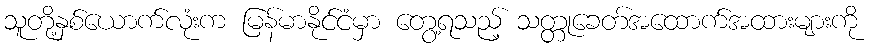
သူတို့နှစ်ယောက်လုံးက မြန်မာနိုင်ငံမှာ တွေ့ရသည့် သတ္တုခေတ်အထောက်အထားများကို